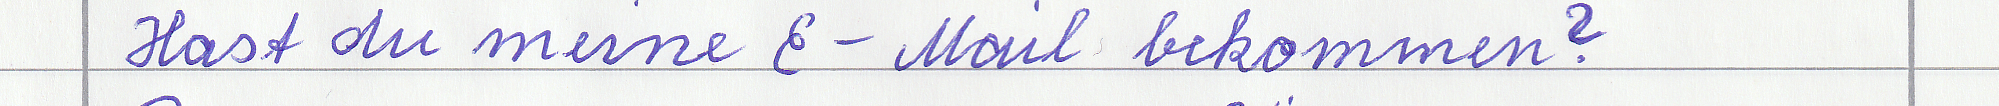
Hast du meine E-Mail bekommen?